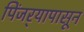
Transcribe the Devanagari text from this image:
पिंजर्‍यापासून